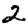
Digit: 2